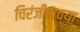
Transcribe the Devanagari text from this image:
चिरंजीवाच्या